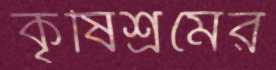
কৃষিশ্রমের